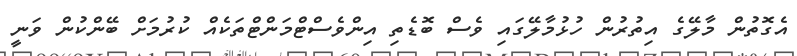
އެގޮތުން މާލޭގެ އިތުރުން ހުޅުމާލޭގައި ވެސް ބޮޑެތި އިންވެސްޓްމަންޓްތަކެއް ކުރުމަށް ބޭންކުން ވަނީ